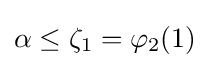
\alpha \leq \zeta _{1}=\varphi _{2}(1)